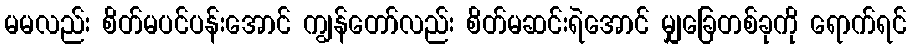
မမလည်း စိတ်မပင်ပန်းအောင် ကျွန်တော်လည်း စိတ်မဆင်းရဲအောင် မျှခြေတစ်ခုကို ရောက်ရင်